Riigikantselei, lk 21
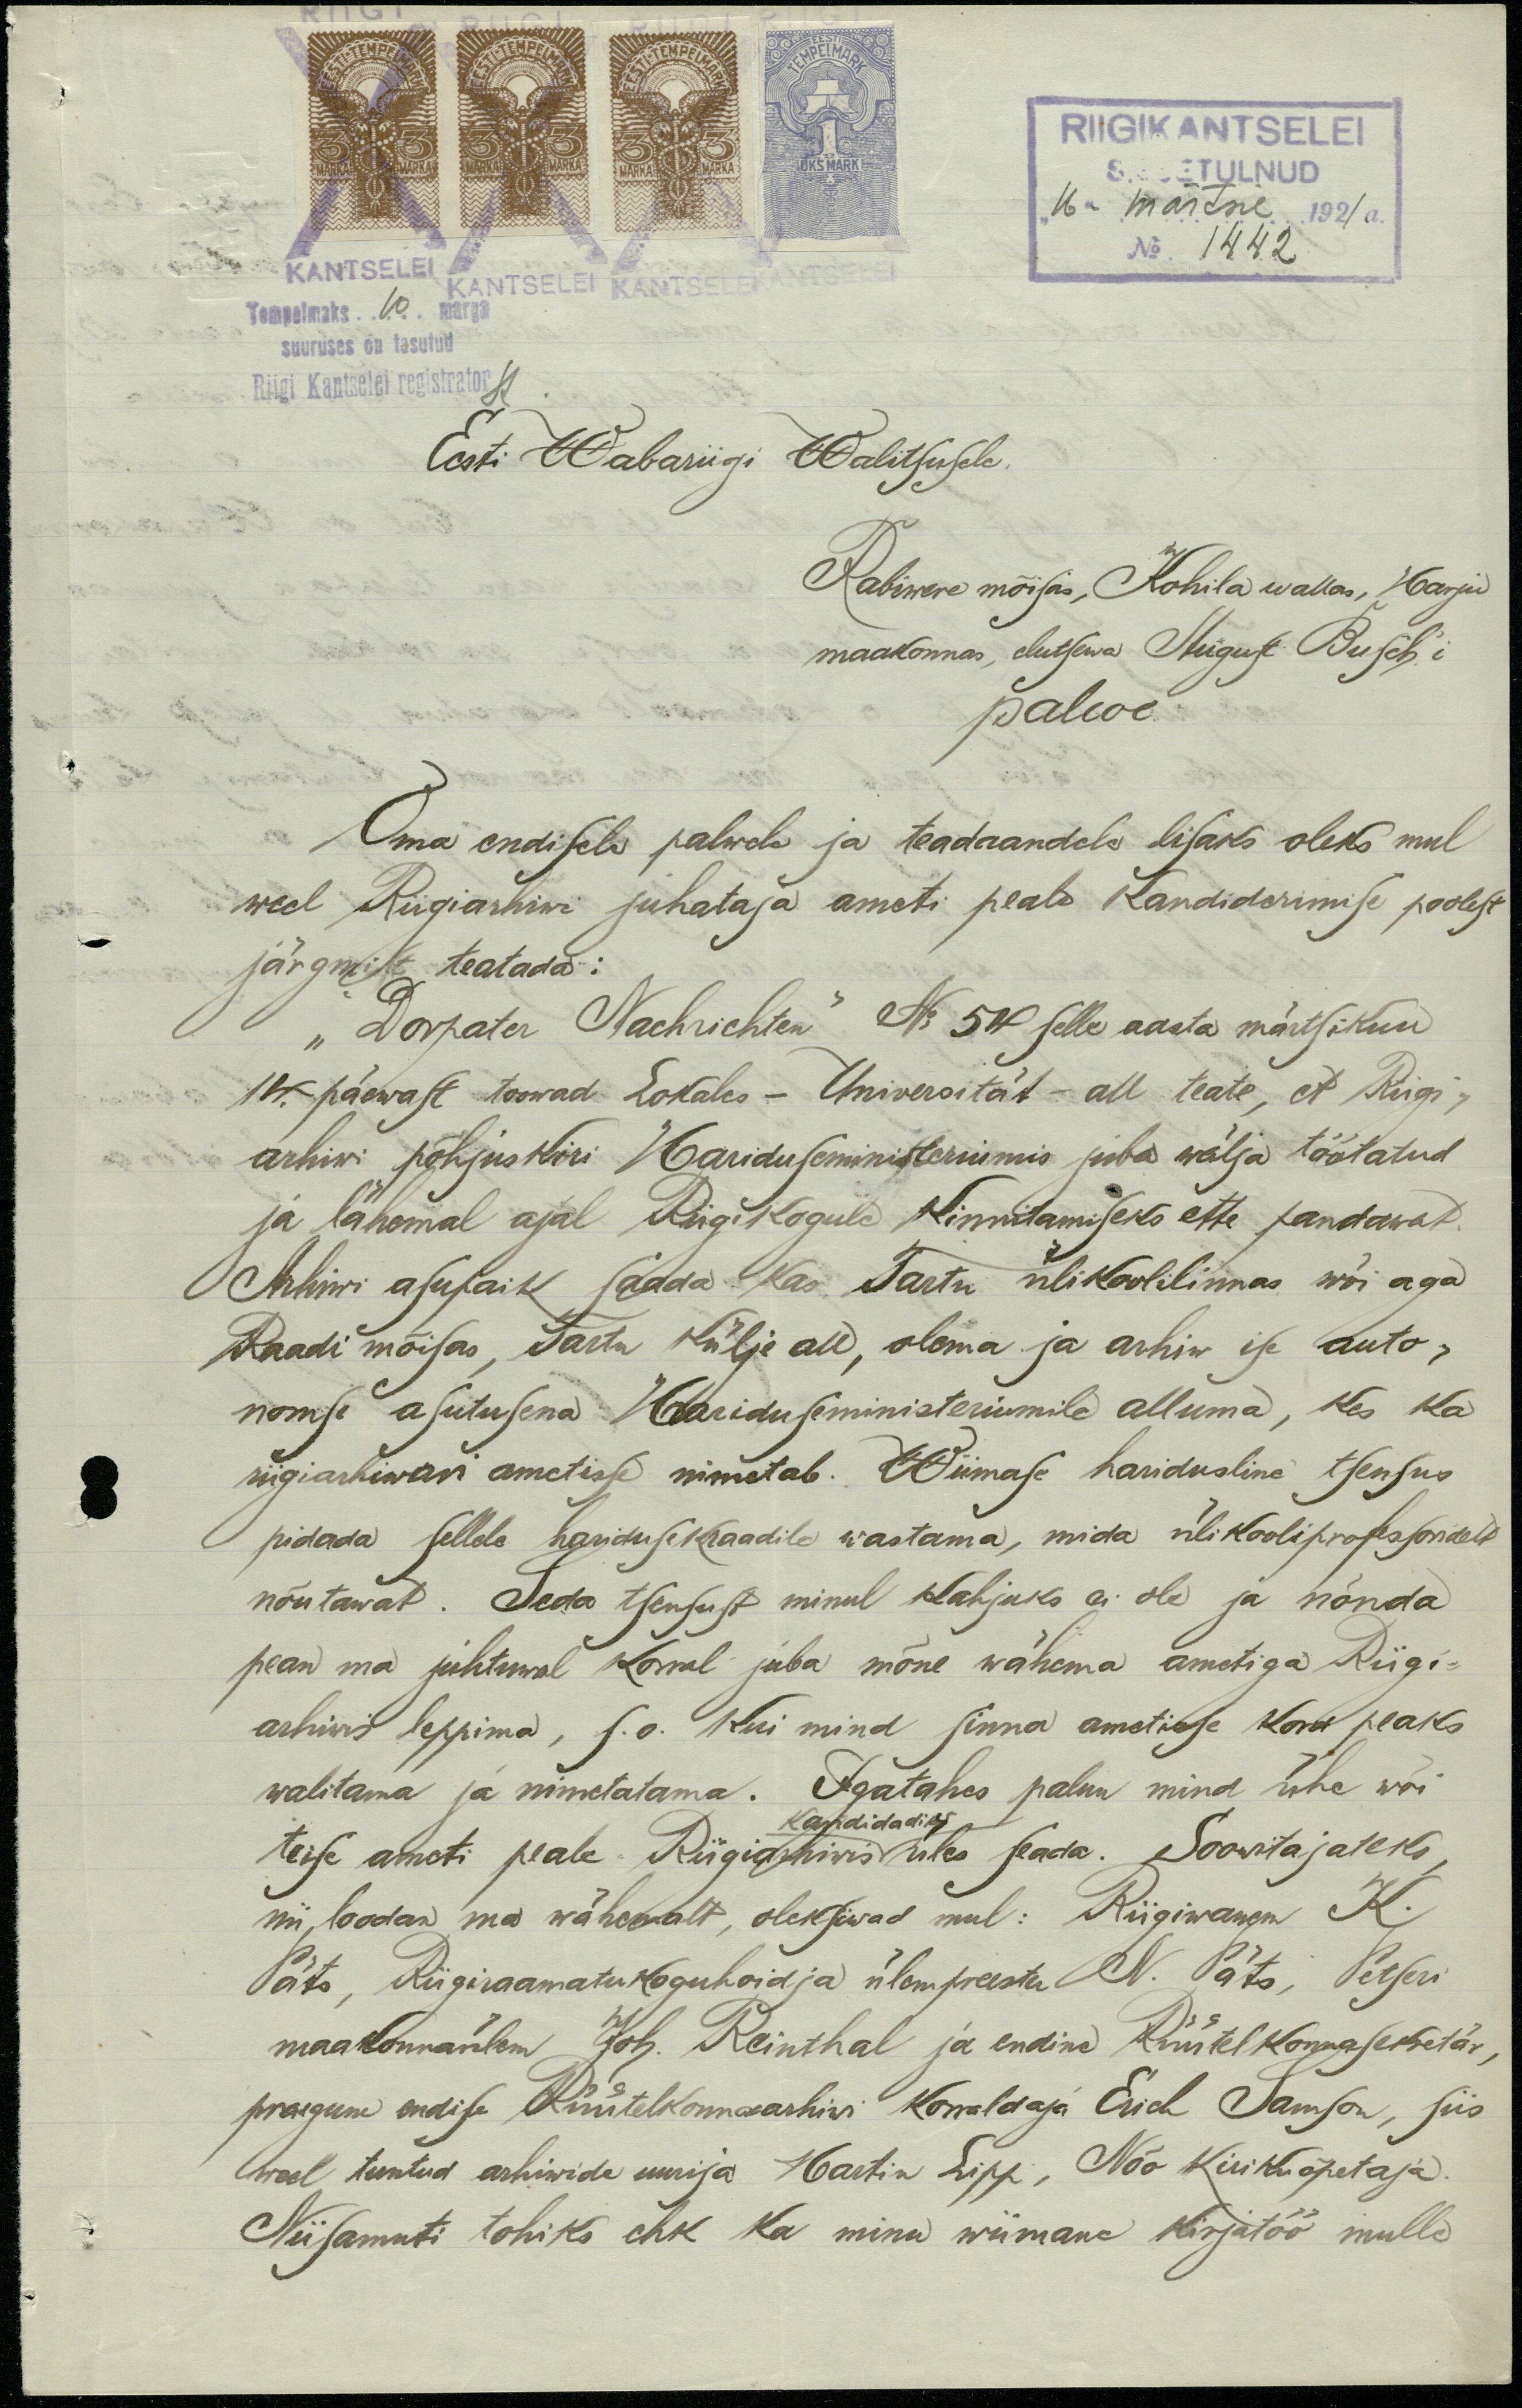
RIIGIKANTSELEI
16. märtsil 1921 a.
No. 1442
Tempelmaks 10 marga
suuruses on tasutud
Riigi Kantselei registrator
Eesti Wabariigi Walitsusele.
Rabiwere mõisas, Kohila wallas, Harju
maakonnas, elutsewa August Busch'i
palwe
Oma endisele palwele ja teadaandele lisaks oleks mul
weel Riigiarhiwi juhataja ameti peale kandideerimise poolest
järgmist teatada:
"Dorpater Nachrichten" No 54 selle aasta märtsikuu
14. päewast toowad Lokales - Universität - all teate, et Riigi-
arhiwi põhjuskiri Hariduseministeriumis juba wälja töötatud
ja lähemal ajal Riigikogule kinnitamiseks ette pandawat
Arhiwi asupaik saada kas Tartu ülikoolilinnas wõi aga
Raadi mõisas, Tartu külje all, olema ja arhiw ise auto-
nomse asutusena Hariduseministeriumile alluma, kes ka
riigiarhiwari ametisse nimetab. Wiimase haridusline tsensus
pidada sellele hariduse kraadile wastama, mida ülikooliprofessoridelt
nõutawat. Seda tsensust minul kahjuks ei ole ja nõnda
pean ma juhtuwal korral juba mõne wähema ametiga Riigi-
arhiwis leppima, s.o. kui mind sinna ametisse kord peaks
walitama ja nimetatama. Igatahes palun mind ühe wõi
Kandidadiks
teise ameti peale Riigiarhiwis üles seada. Soowitajateks,
nii, loodan ma wähemalt, oleksiwad mul: Riigiwanem K.
Päts, Riigiraamatukoguhoidja ülempreester N. Päts, Petseri
maakonnaülem Joh. Reinthal ja endine Rüütelkonnasekretär,
praegune endise Rüütelkonnaarhiwi korraldaja Erich Samson, siis
weel tuntud arhiwide uurija Martin Lipp, Nõo Kirikuõpetaja
Niisamuti tohiks ehk ka minu wiimane kirjatöö mulle